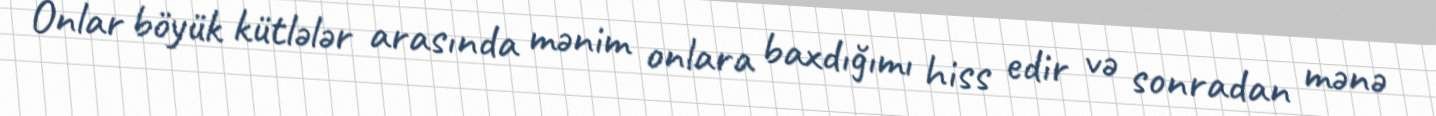
Onlar böyük kütlələr arasında mənim onlara baxdığımı hiss edir və sonradan mənə